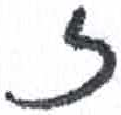
אות: ז